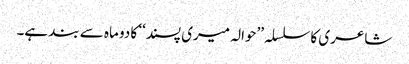
شاعری کا سلسلہ ’’حوالہ میری پسند‘‘ کا دو ماہ سے بند ہے۔